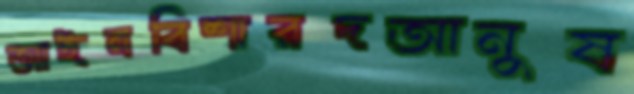
আইনবিশারদআনুষ